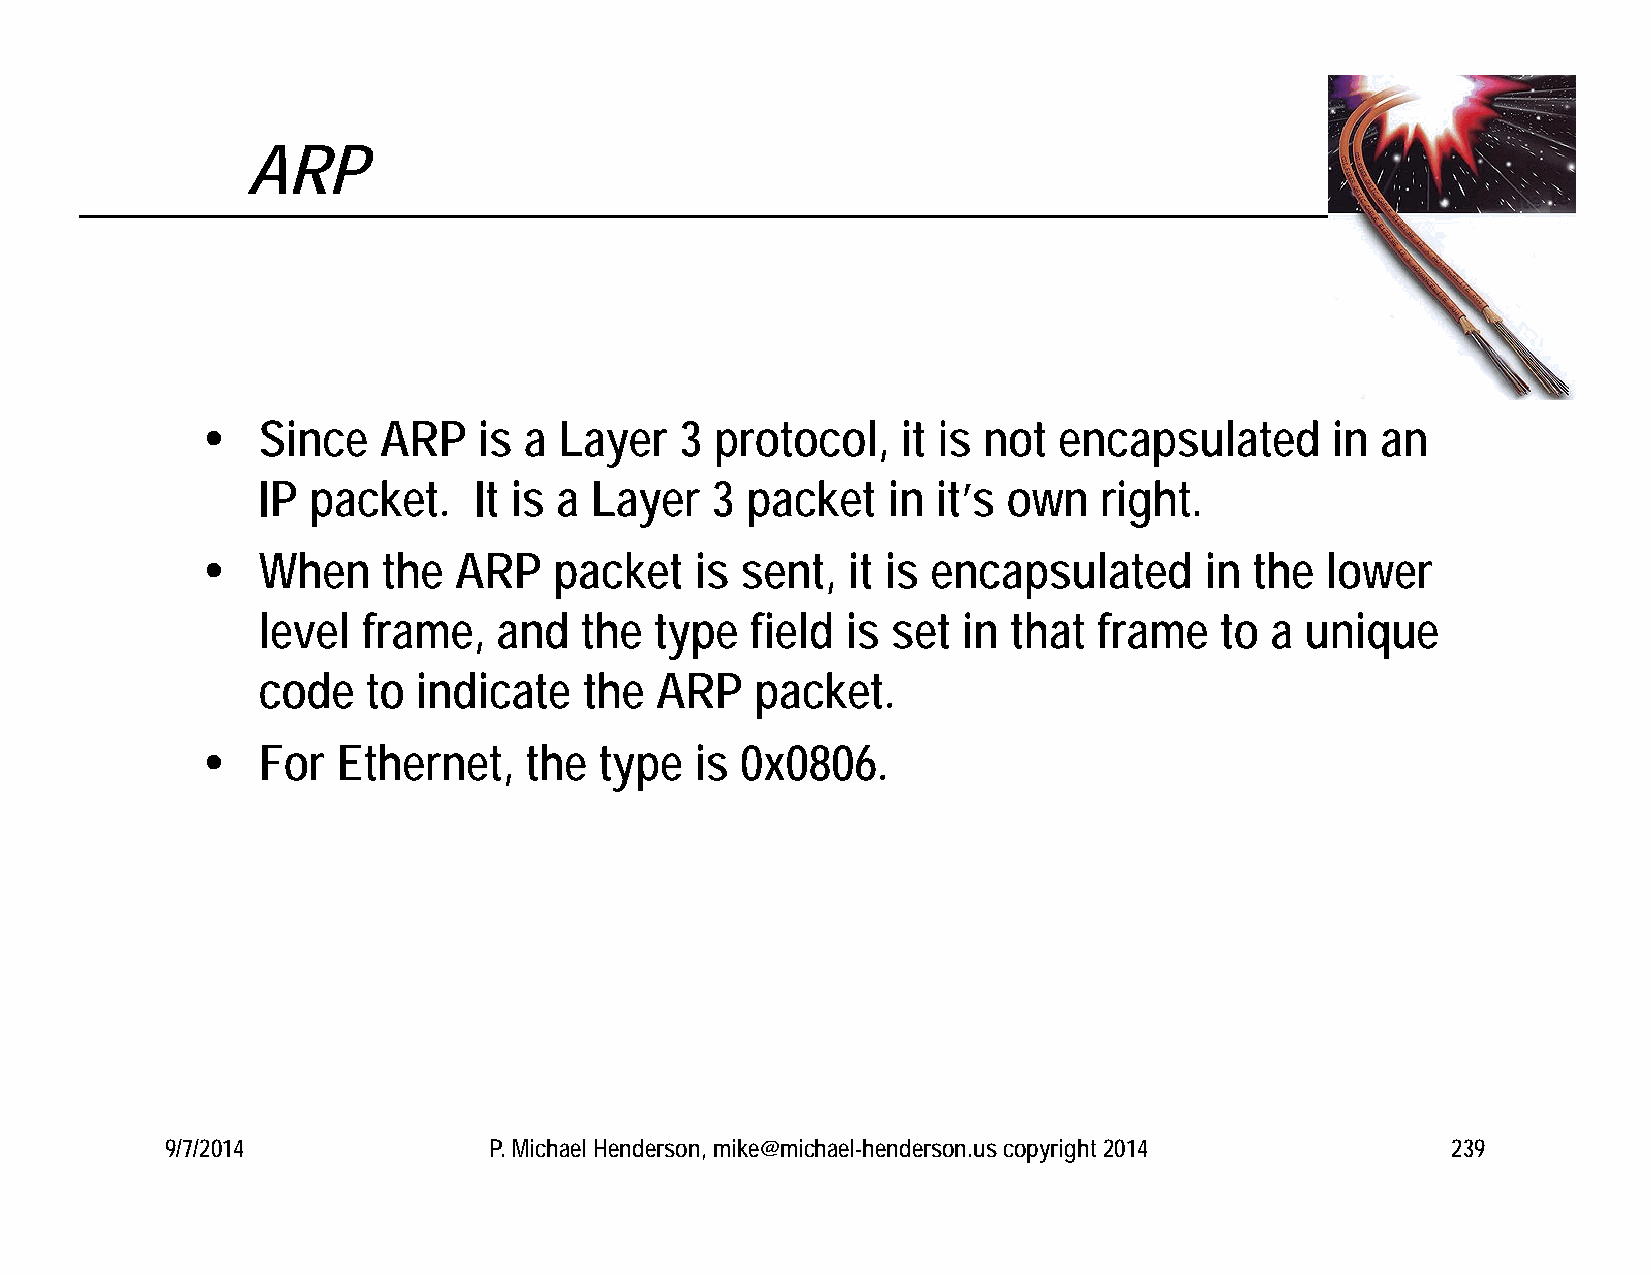
ARP
    Since   ARP    is a Layer   3 protocol,    it is not encapsulated      in an
 IP packet.    It is a Layer   3 packet    in it’s own   right.
    When    the  ARP    packet   is sent,  it is encapsulated      in the  lower
 level  frame,   and  the  type   field is set  in that  frame   to a unique
 code   to  indicate   the ARP    packet.
    For  Ethernet,    the  type  is 0x0806.
 9/7/2014             P. Michael Henderson, mike@michael-henderson.us copyright 2014  239